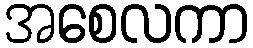
အစေလကာ